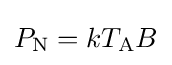
P_{\text{N}}=kT_{\text{A}}B